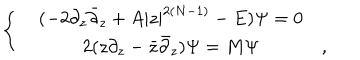
LaTeX: \left\{ \begin{array} { r c l } { { } } & { { ( - 2 \partial _ { z } { \bar { \partial } } _ { z } + A | z | ^ { 2 ( N - 1 ) } - E ) \Psi = 0 } } & { { } } \\ { { } } & { { 2 ( z \partial _ { z } - { \bar { z } } { \bar { \partial } _ { z } } ) \Psi = M \Psi } } & { { , } } \\ \end{array} \right.